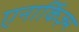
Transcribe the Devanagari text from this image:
एनार्किज़्म